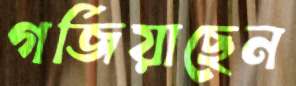
গর্জিয়াছেন